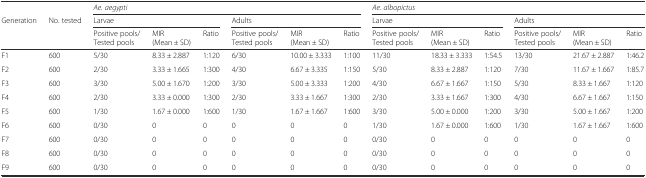
<table><thead><tr><td></td><td></td><td colspan="6"><b><i>Ae. aegypti</i></b></td><td colspan="6"><b><i>Ae. albopictus</i></b></td></tr><tr><td><b>Generation</b></td><td><b>No. tested</b></td><td colspan="3"><b>Larvae</b></td><td colspan="3"><b>Adults</b></td><td colspan="3"><b>Larvae</b></td><td colspan="3"><b>Adults</b></td></tr><tr><td></td><td></td><td><b>Positive pools/Tested pools</b></td><td><b>MIR (Mean ± SD)</b></td><td><b>Ratio</b></td><td><b>Positive pools/Tested pools</b></td><td><b>MIR (Mean ± SD)</b></td><td><b>Ratio</b></td><td><b>Positive pools/Tested pools</b></td><td><b>MIR (Mean ± SD)</b></td><td><b>Ratio</b></td><td><b>Positive pools/Tested pools</b></td><td><b>MIR (Mean ± SD)</b></td><td><b>Ratio</b></td></tr></thead><tbody><tr><td>F1</td><td>600</td><td>5/30</td><td>8.33 ± 2.887</td><td>1:120</td><td>6/30</td><td>10.00 ± 3.333</td><td>1:100</td><td>11/30</td><td>18.33 ± 3.333</td><td>1:54.5</td><td>13/30</td><td>21.67 ± 2.887</td><td>1:46.2</td></tr><tr><td>F2</td><td>600</td><td>2/30</td><td>3.33 ± 1.665</td><td>1:300</td><td>4/30</td><td>6.67 ± 3.335</td><td>1:150</td><td>5/30</td><td>8.33 ± 2.887</td><td>1:120</td><td>7/30</td><td>11.67 ± 1.667</td><td>1:85.7</td></tr><tr><td>F3</td><td>600</td><td>3/30</td><td>5.00 ± 1.670</td><td>1:200</td><td>3/30</td><td>5.00 ± 3.333</td><td>1:200</td><td>4/30</td><td>6.67 ± 1.667</td><td>1:150</td><td>5/30</td><td>8.33 ± 1.667</td><td>1:120</td></tr><tr><td>F4</td><td>600</td><td>2/30</td><td>3.33 ± 0.000</td><td>1:300</td><td>2/30</td><td>3.33 ± 1.667</td><td>1:300</td><td>2/30</td><td>3.33 ± 1.667</td><td>1:300</td><td>4/30</td><td>6.67 ± 1.667</td><td>1:150</td></tr><tr><td>F5</td><td>600</td><td>1/30</td><td>1.67 ± 0.000</td><td>1:600</td><td>1/30</td><td>1.67 ± 1.667</td><td>1:600</td><td>3/30</td><td>5.00 ± 0.000</td><td>1:200</td><td>3/30</td><td>5.00 ± 1.667</td><td>1:200</td></tr><tr><td>F6</td><td>600</td><td>0/30</td><td>0</td><td>0</td><td>0</td><td>0</td><td>0</td><td>1/30</td><td>1.67 ± 0.000</td><td>1:600</td><td>1/30</td><td>1.67 ± 1.667</td><td>1:600</td></tr><tr><td>F7</td><td>600</td><td>0/30</td><td>0</td><td>0</td><td>0</td><td>0</td><td>0</td><td>0/30</td><td>0</td><td>0</td><td>0</td><td>0</td><td>0</td></tr><tr><td>F8</td><td>600</td><td>0/30</td><td>0</td><td>0</td><td>0</td><td>0</td><td>0</td><td>0/30</td><td>0</td><td>0</td><td>0</td><td>0</td><td>0</td></tr><tr><td>F9</td><td>600</td><td>0/30</td><td>0</td><td>0</td><td>0</td><td>0</td><td>0</td><td>0/30</td><td>0</td><td>0</td><td>0</td><td>0</td><td>0</td></tr></tbody></table>